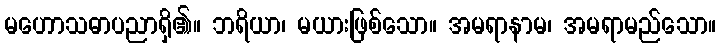
မဟောသဓာပညာရှိ၏။ ဘရိယာ၊ မယားဖြစ်သော။ အမရာနာမ၊ အမရာမည်သော။